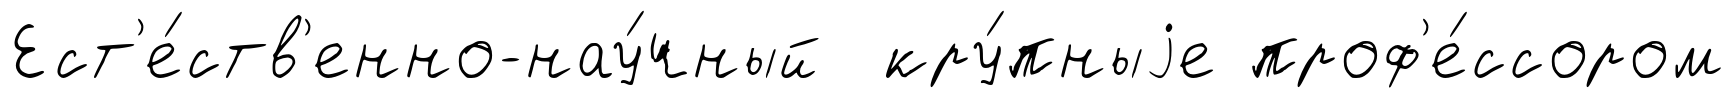
Ест'е́ств'енно-нау́чный кру́пныjе проф'е́ссором